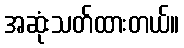
အဆုံးသတ်ထားတယ်။